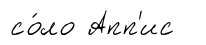
со́ло Апп'ис